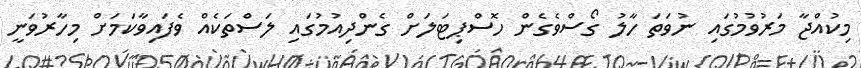
މިކުއްޖާ މަރުވުމުގައި ނުވަތަ ހާލު ގޯސްވެގެން ހޮސްޕިޓަލަށް ގެންދިއުމުގައި ލަސްތަކެއް ވެފައިވާކަމަށް މިހާރުވަނީ